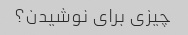
چیزی برای نوشیدن؟